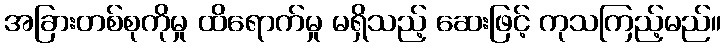
အခြားတစ်စုကိုမှု ထိရောက်မှု မရှိသည့် ဆေးဖြင့် ကုသကြည့်မည်။